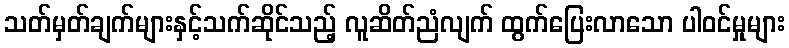
သတ်မှတ်ချက်များနှင့်သက်ဆိုင်သည့် လူဆိတ်ညံလျက် ထွက်ပြေးလာသော ပါဝင်မှုများ